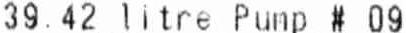
39.42 LITRE PUNP # 09